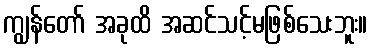
ကျွန်တော် အခုထိ အဆင်သင့်မဖြစ်သေးဘူး။